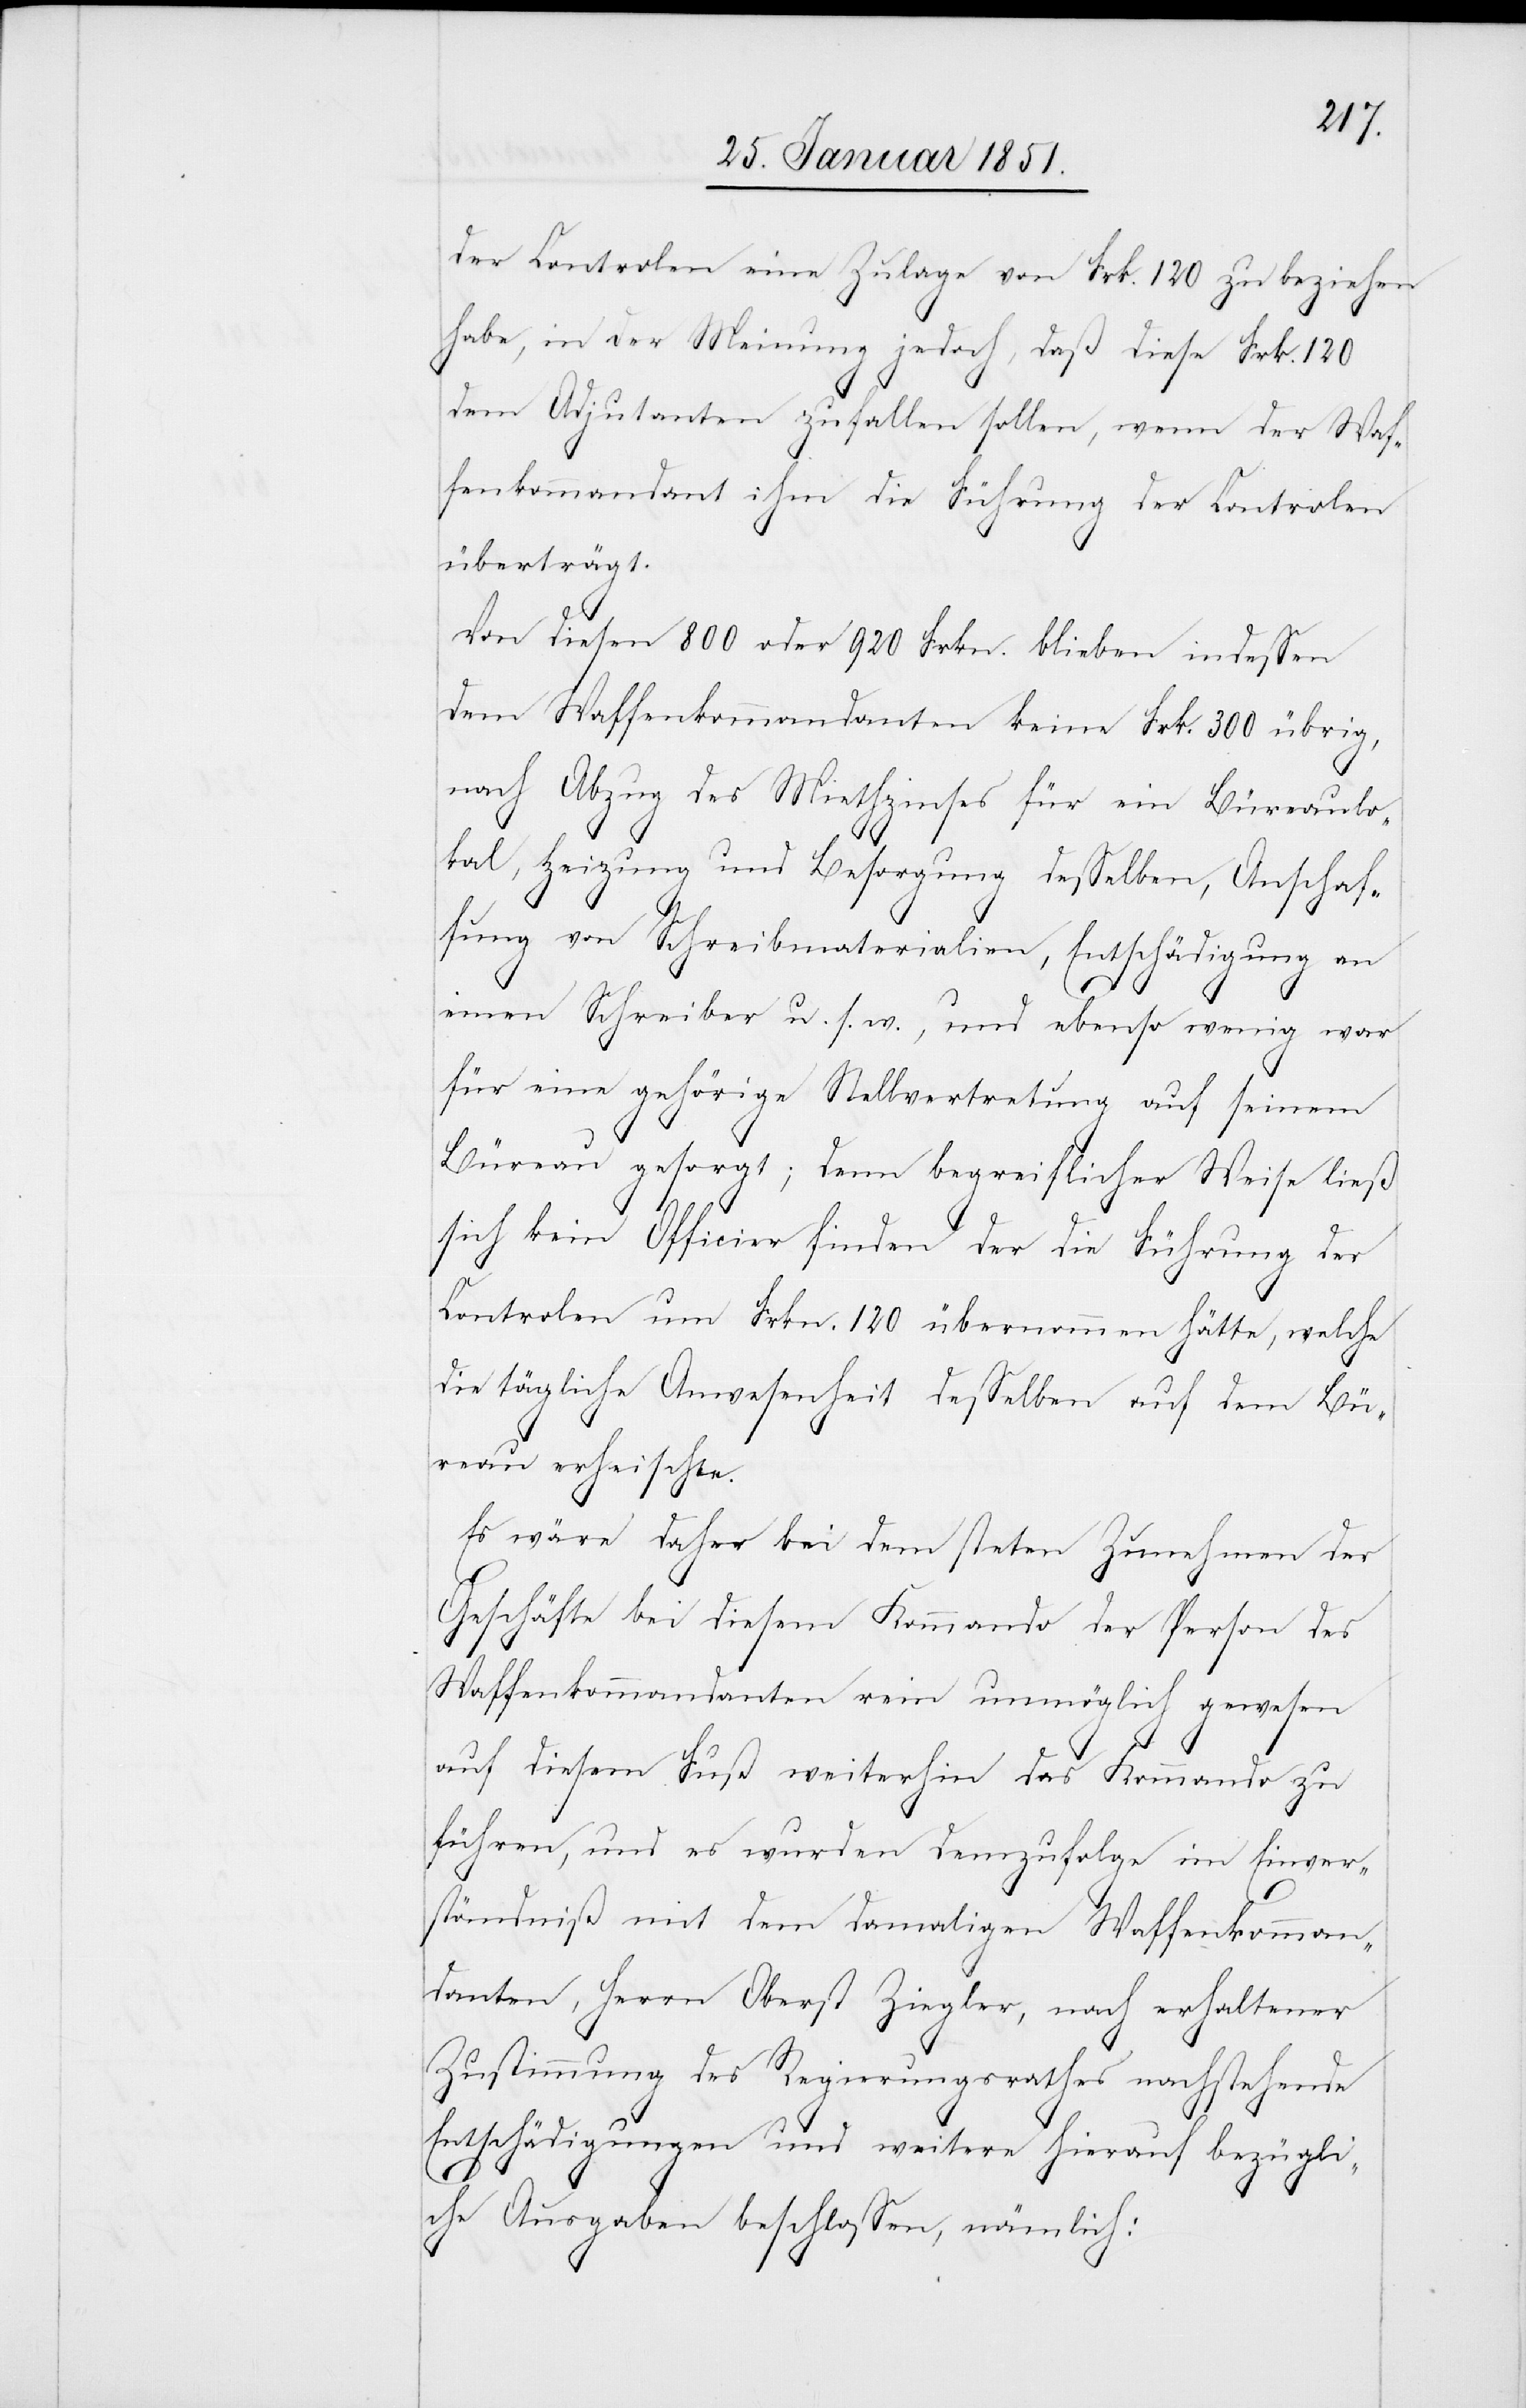
der Controlen eine Zulage von Frk. 120 zu beziehen
habe, in der Meinung jedoch, daß diese Frk. 120
dem Adjutanten zufallen sollen, wenn der Waf¬
fenkommandant ihm die Führung der Controlen
überträgt.
Von diesen 800 oder 920 Frkn. blieben indessen
dem Waffenkommandanten keine Frk. 300 übrig,
nach Abzug des Miethzinses für ein Büreaulo¬
kal, Heizung und Besorgung desselben, Anschaf¬
fung von Schreibmaterialien, Entschädigung an
einen Schreiber u. s. w., und ebenso wenig war
für eine gehörige Stellvertretung auf seinem
Büreau gesorgt; denn begreiflicher Weise ließ
sich kein Officier finden der die Führung der
Controlen um Frkn. 120 übernommen hätte, welche
die tägliche Anwesenheit desselben auf dem Bü¬
reau erheischte.
Es wäre daher bei dem steten Zunehmen der
Geschäfte bei diesem Kommando der Person des
Waffenkommandanten rein unmöglich gewesen
auf diesem Fuß weiterhin das Kommando zu
führen, und es wurden demzufolge im Einver¬
ständniß mit dem damaligen Waffenkomman¬
danten, Herrn Oberst Ziegler, nach erhaltener
Zustimmung des Regierungsrathes nachstehende
Entschädigungen und weitere hierauf bezügli¬
che Ausgaben beschlossen, nämlich: